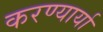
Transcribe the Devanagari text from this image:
करण्यार्या